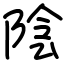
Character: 陰